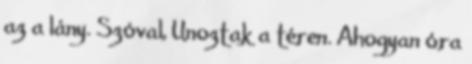
az a lány. Szóval, Unoztak a téren. Ahogyan óra